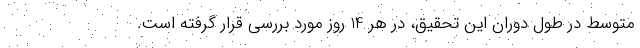
متوسط در طول دوران این تحقیق، در هر 14 روز مورد بررسی قرار گرفته است.